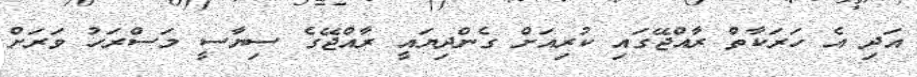
އަދި އެ ހަރަކާތް ރާއްޖޭގައި ކުރިއަށް ގެންދިޔައީ ރާއްޖޭގެ ސިޔާސީ މަސްރަހު ވަރަށް